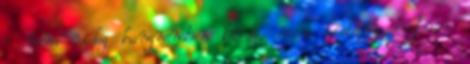
- nem rideg hangnemben kérdi, és a kislány biztosan